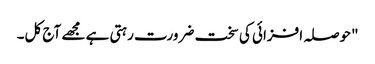
"حوصلہ افزائی کی سخت ضرورت رہتی ہے مجھے آج کل۔